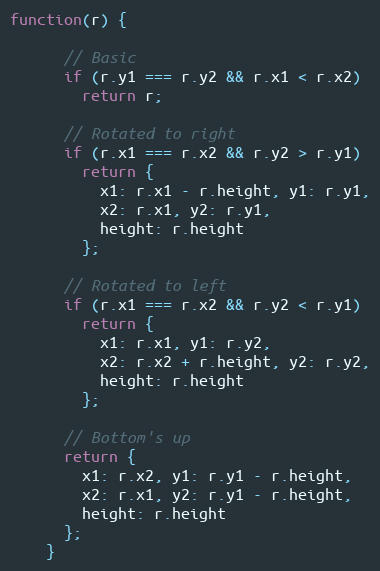
Language: JavaScript
function(r) {

      // Basic
      if (r.y1 === r.y2 && r.x1 < r.x2)
        return r;

      // Rotated to right
      if (r.x1 === r.x2 && r.y2 > r.y1)
        return {
          x1: r.x1 - r.height, y1: r.y1,
          x2: r.x1, y2: r.y1,
          height: r.height
        };

      // Rotated to left
      if (r.x1 === r.x2 && r.y2 < r.y1)
        return {
          x1: r.x1, y1: r.y2,
          x2: r.x2 + r.height, y2: r.y2,
          height: r.height
        };

      // Bottom's up
      return {
        x1: r.x2, y1: r.y1 - r.height,
        x2: r.x1, y2: r.y1 - r.height,
        height: r.height
      };
    }